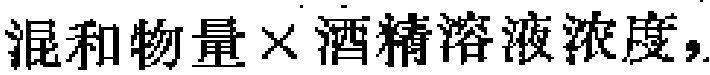
混和物量\times 酒精溶液浓度，